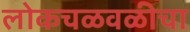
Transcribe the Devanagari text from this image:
लोकचळवळीचा